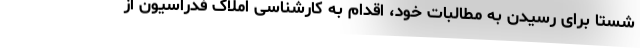
شستا برای رسیدن به مطالبات خود، اقدام به کارشناسی املاک فدراسیون از